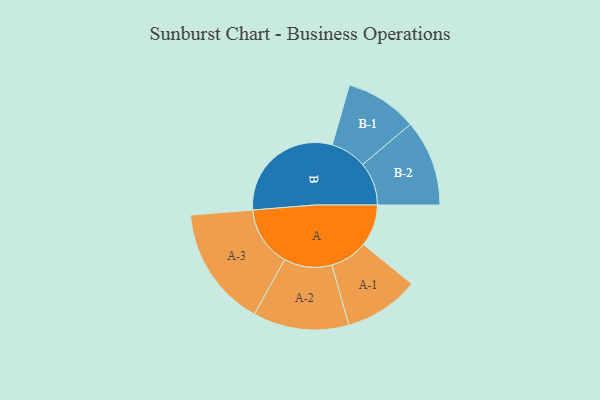
{"axis": {"x": "Segment", "y": "Value"}, "legend": ["", "A", "B"], "data": [{"x": "A", "y": 173, "type": ""}, {"x": "B", "y": 489, "type": ""}, {"x": "A-1", "y": 155, "type": "A"}, {"x": "A-2", "y": 198, "type": "A"}, {"x": "A-3", "y": 249, "type": "A"}, {"x": "B-1", "y": 149, "type": "B"}, {"x": "B-2", "y": 178, "type": "B"}]}